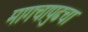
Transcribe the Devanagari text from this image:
मागचापुढचा